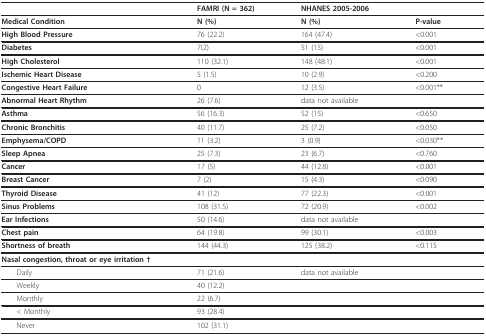
|  | FAMRI (N = 362) | NHANES 2005-2006 |  |
 | --- | --- | --- | --- |
 | Medical Condition | N (%) | N (%) | P-value |
 | High Blood Pressure | 76 (22.2) | 164 (47.4) | <0.001 |
 | Diabetes | 7(2) | 51 (15) | <0.001 |
 | High Cholesterol | 110 (32.1) | 148 (48.1) | <0.001 |
 | Ischemic Heart Disease | 5 (1.5) | 10 (2.9) | <0.200 |
 | Congestive Heart Failure | 0 | 12 (3.5) | <0.001** |
 | Abnormal Heart Rhythm | 26 (7.6) | <COLSPAN=2> data not available |
 | Asthma | 56 (16.3) | 52 (15) | <0.650 |
 | Chronic Bronchitis | 40 (11.7) | 25 (7.2) | <0.050 |
 | Emphysema/COPD | 11 (3.2) | 3 (0.9) | <0.030** |
 | Sleep Apnea | 25 (7.3) | 23 (6.7) | <0.760 |
 | Cancer | 17 (5) | 44 (12.8) | <0.001 |
 | Breast Cancer | 7 (2) | 15 (4.3) | <0.090 |
 | Thyroid Disease | 41 (12) | 77 (22.3) | <0.001 |
 | Sinus Problems | 108 (31.5) | 72 (20.9) | <0.002 |
 | Ear Infections | 50 (14.6) | <COLSPAN=2> data not available |
 | Chest pain | 64 (19.8) | 99 (30.1) | <0.003 |
 | Shortness of breath | 144 (44.3) | 125 (38.2) | <0.115 |
 | Nasal congestion, throat or eye irritation † |  |  |  |
 | Daily | 71 (21.6) | <COLSPAN=2> data not available |
 | Weekly | 40 (12.2) |  |  |
 | Monthly | 22 (6.7) |  |  |
 | < Monthly | 93 (28.4) |  |  |
 | Never | 102 (31.1) |  |  |